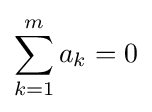
\sum _{k=1}^{m}a_{k}=0